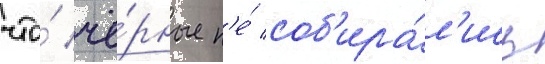
что́ чё́рные н'е́ соб'ира́л'ись